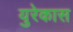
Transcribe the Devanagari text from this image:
युरेकास